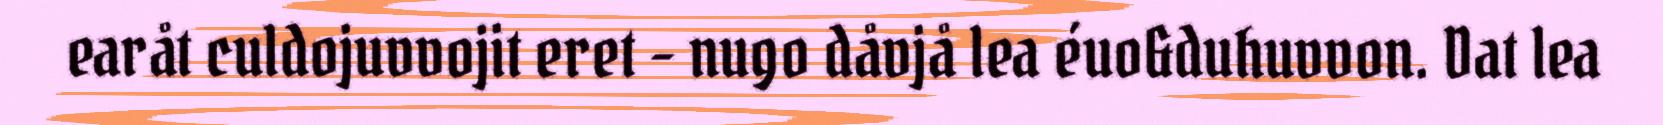
earåt culdojuvvojit eret - nugo dåvjå lea éuo&duhuvvon. Dat lea